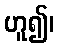
ဟူ၍၊